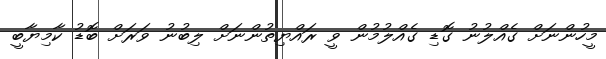
މީހުންނަށް ގެއްލުނު ގޮޑި ގެއްލުމުން ވީ ރައްޔިތުންނަށް ލިބުނު ވަރަށް ބޮޑު ކާމިޔާބީ